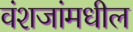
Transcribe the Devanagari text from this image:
वंशजांमधील